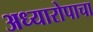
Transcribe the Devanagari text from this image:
अध्यारोपाचा